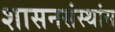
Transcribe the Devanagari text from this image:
शासनसंस्थांस